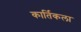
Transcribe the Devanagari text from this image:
कार्तिकला